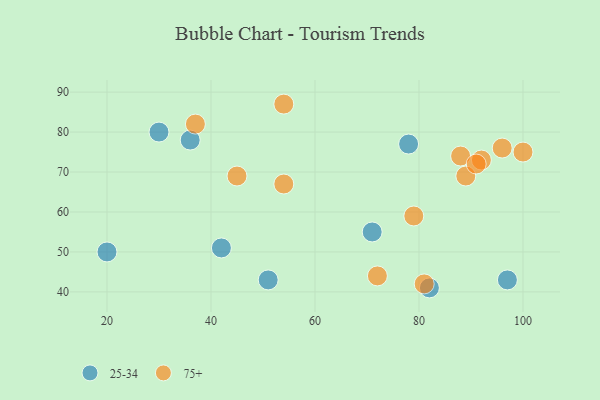
{"axis": {"x": "GDP", "y": "Life Expectancy"}, "legend": ["25-34", "75+"], "data": [{"x": "36", "y": 78, "type": "25-34"}, {"x": "51", "y": 43, "type": "25-34"}, {"x": "78", "y": 77, "type": "25-34"}, {"x": "97", "y": 43, "type": "25-34"}, {"x": "20", "y": 50, "type": "25-34"}, {"x": "42", "y": 51, "type": "25-34"}, {"x": "30", "y": 80, "type": "25-34"}, {"x": "82", "y": 41, "type": "25-34"}, {"x": "71", "y": 55, "type": "25-34"}, {"x": "37", "y": 82, "type": "75+"}, {"x": "81", "y": 42, "type": "75+"}, {"x": "100", "y": 75, "type": "75+"}, {"x": "89", "y": 69, "type": "75+"}, {"x": "92", "y": 73, "type": "75+"}, {"x": "96", "y": 76, "type": "75+"}, {"x": "88", "y": 74, "type": "75+"}, {"x": "91", "y": 72, "type": "75+"}, {"x": "79", "y": 59, "type": "75+"}, {"x": "72", "y": 44, "type": "75+"}, {"x": "54", "y": 87, "type": "75+"}, {"x": "45", "y": 69, "type": "75+"}, {"x": "54", "y": 67, "type": "75+"}]}